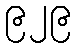
၉၂၉